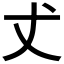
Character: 𠀋